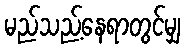
မည်သည့်နေရာတွင်မျှ